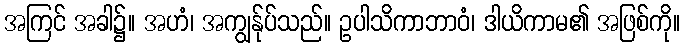
အကြင် အခါ၌။ အဟံ၊ အကျွန်ုပ်သည်။ ဥပါသိကာဘာဝံ၊ ဒါယိကာမ၏ အဖြစ်ကို။